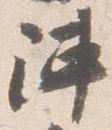
陣